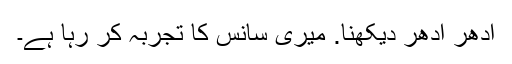
ادھر ادھر دیکھنا. میری سانس کا تجربہ کر رہا ہے۔